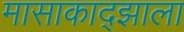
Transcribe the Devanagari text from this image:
मासाकाद्झाला